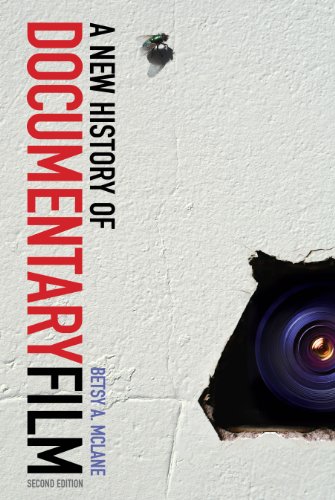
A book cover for A New History of Documentary Film: Second Edition; Betsy A. McLane; Humor & Entertainment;